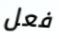
فعل